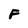
Character: F